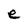
Character: e